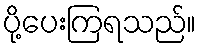
ပို့ပေးကြရသည်။